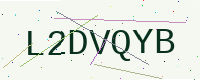
Text: L2DVQYB